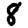
Digit: 8